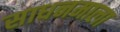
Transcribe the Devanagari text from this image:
साधनमाला